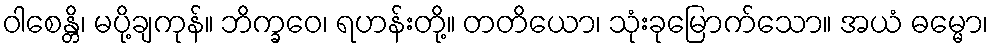
ဝါစေန္တိ၊ မပို့ချကုန်။ ဘိက္ခဝေ၊ ရဟန်းတို့။ တတိယော၊ သုံးခုမြောက်သော။ အယံ ဓမ္မော၊